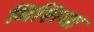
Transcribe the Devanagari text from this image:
मिशिया